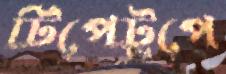
টিপেটুপে